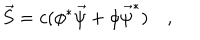
LaTeX: \vec { S } = c ( \phi ^ { * } \vec { \psi } + \phi \vec { \psi } ^ { * } ) \quad ,